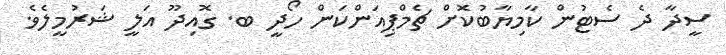
ސީދާ ދެ ސެޓުން ކާމިޔާބުކޮށް ޗެމްޕިއަންކަން ހޯދީ ބ. ގޮއިދޫ އަލީ ޝަރުމީލެވެ.